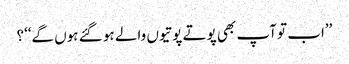
’’اب تو آپ بھی پوتے پوتیوں والے ہو گئے ہوں گے‘‘؟